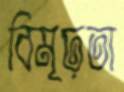
বিমূঢ়তা